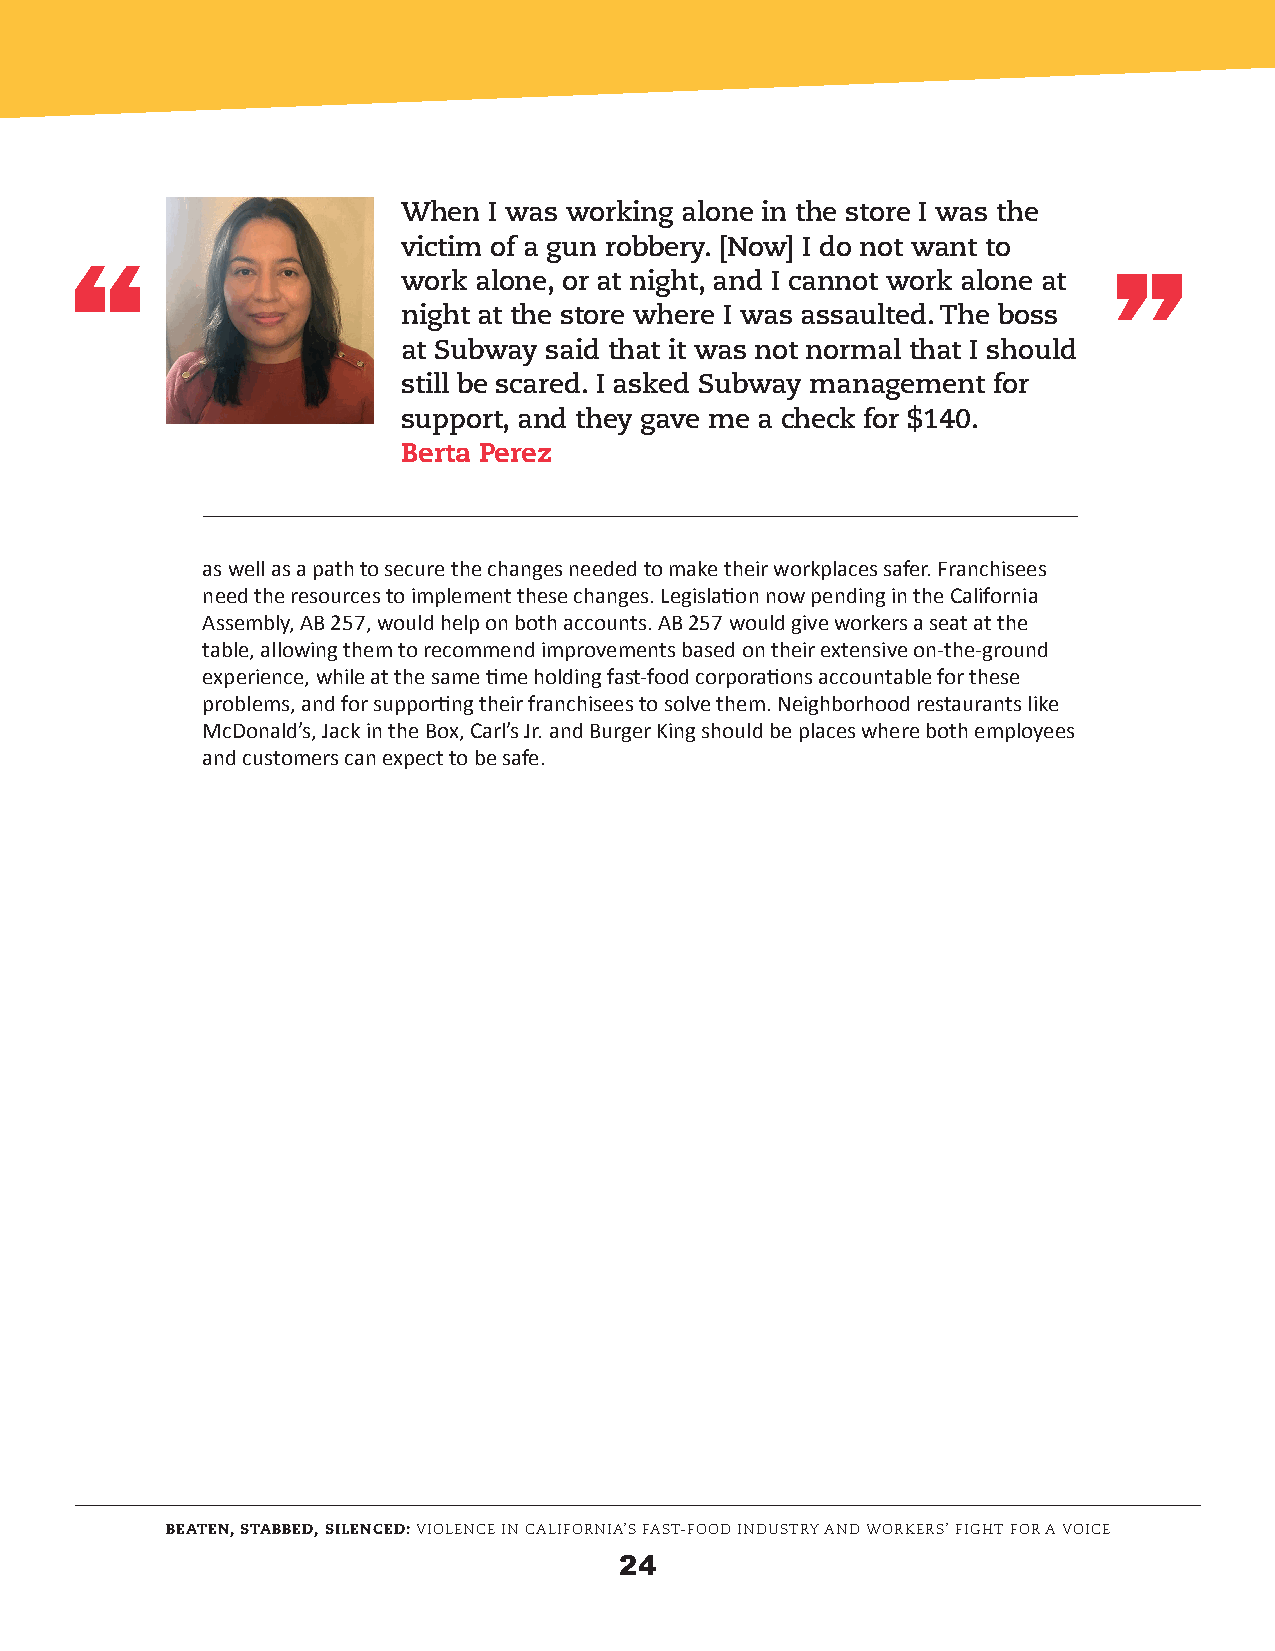
“
 When I was working alone in the store I was the
 victim of a gun robbery. [Now] I do not want to
 “
 work alone, or at night, and I cannot work alone at
 night at the store where I was assaulted. The boss
 at Subway said that it was not normal that I should
 still be scared. I asked Subway management for
 support, and they gave me a check for $140.
 Berta Perez
 as well as a path to secure the changes needed to make their workplaces safer. Franchisees
 need the resources to implement these changes. Legislation now pending in the California
 Assembly, AB 257, would help on both accounts. AB 257 would give workers a seat at the
 table, allowing them to recommend improvements based on their extensive on-the-ground
 experience, while at the same time holding fast-food corporations accountable for these
 problems, and for supporting their franchisees to solve them. Neighborhood restaurants like
 McDonald’s, Jack in the Box, Carl’s Jr. and Burger King should be places where both employees
 and customers can expect to be safe.
 BEATEN, STABBED, SILENCED: VIOLENCE IN CALIFORNIA’S FAST-FOOD INDUSTRY AND WORKERS’ FIGHT FOR A VOICE
 24